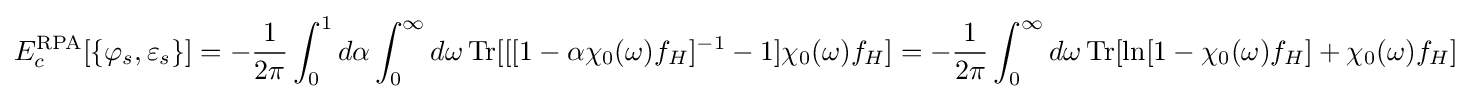
E_{c}^{\text{RPA}}[\{\varphi _{s},\varepsilon _{s}\}]=-{\frac {1}{2\pi }}\int _{0}^{1}d\alpha \int _{0}^{\infty }d\omega \operatorname {Tr} [[[1-\alpha \chi _{0}(\omega )f_{H}]^{-1}-1]\chi _{0}(\omega )f_{H}]=-{\frac {1}{2\pi }}\int _{0}^{\infty }d\omega \operatorname {Tr} [\ln[1-\chi _{0}(\omega )f_{H}]+\chi _{0}(\omega )f_{H}]